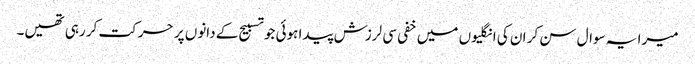
میرا یہ سوال سن کر ان کی انگلیوں میں خفی سی لرزش پیدا ہوئی جو تسبیح کے دانوں پر حرکت کر رہی تھیں۔